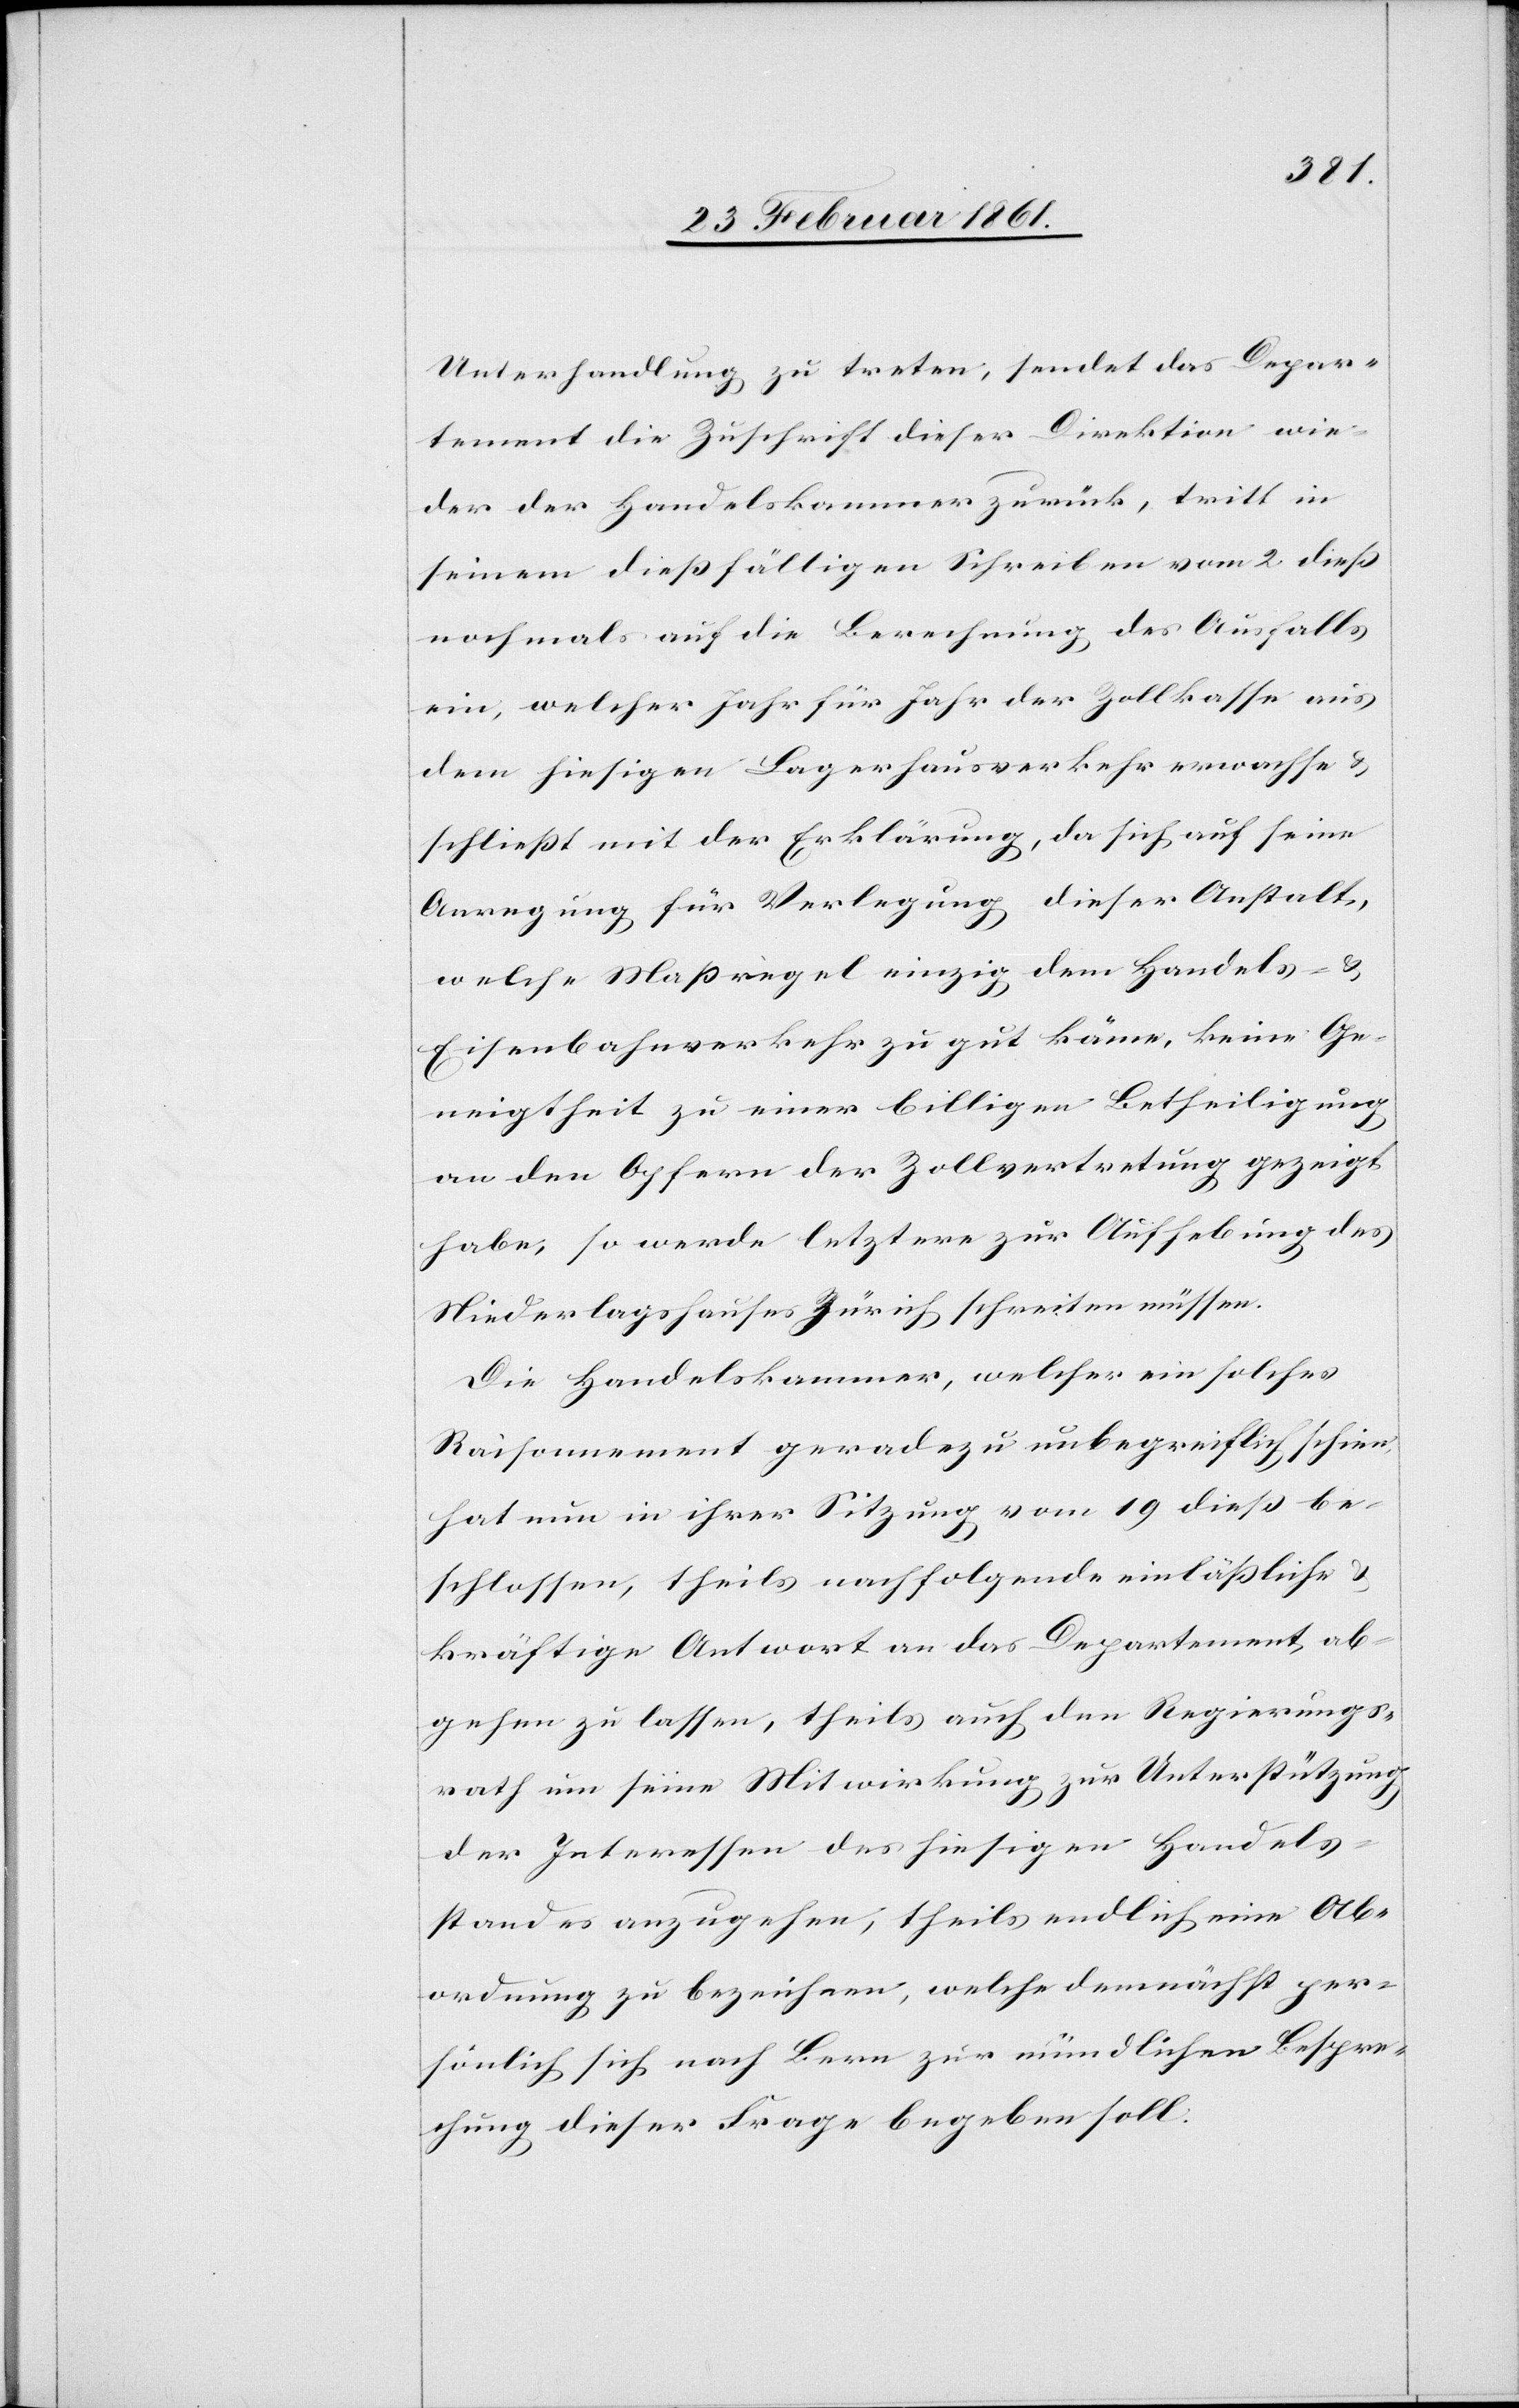
Unterhandlung zu treten, sendet das Depar¬
tement die Zuschrift dieser Direktion wie¬
der der Handelskammer zurück, tritt in
seinem diessfälligen Schreiben vom 2. diess
nochmals auf die Berechnung des Ausfalls
ein, welcher Jahr für Jahr der Zollkasse aus
dem hiesigen Lagerhausverkehr erwachse u.
schliesst mit der Erklärung, da sich auf seine
Anregung für Verlegung dieser Anstalt,
welche Massregel einzig dem Handels- u.
Eisenbahnverkehr zu gut käme, keine Ge¬
neigtheit zu einer billigen Betheiligung
an den Opfern der Zollvertretung gezeigt
habe, so werde letztere zur Aufhebung des
Niederlagshauses Zürich schreiten müssen.
Die Handelskammer, welcher ein solches
Raisonnement geradezu unbegreiflich schien,
hat nun in ihrer Sitzung vom 19. diess be¬
schlossen, theils nachfolgende einlässliche u.
kräftige Antwort an das Departement, ab¬
gehen zu lassen, theils auch den Regierungs¬
rath um seine Mitwirkung zur Unterstützung
der Interessen des hiesigen Handels¬
standes anzugehen, theils endlich eine Ab¬
ordnung zu bezeichnen, welche demnächst per¬
sönlich sich nach Bern zur mündlichen Bespre¬
chung dieser Frage begeben soll: